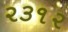
૨૩૧૨